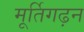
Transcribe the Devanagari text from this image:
मूर्तिगढ़न